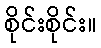
စိုင်းစိုင်း။